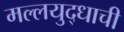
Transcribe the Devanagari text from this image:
मल्लयुद्धाची